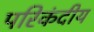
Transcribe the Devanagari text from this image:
परिकंदीय